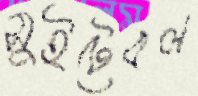
সুইটেবল